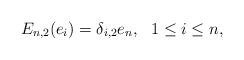
LaTeX: \begin{align*}E_{n,2}(e_i)=\delta_{i,2}e_n, \ \ 1\leq i \leq n,\end{align*}